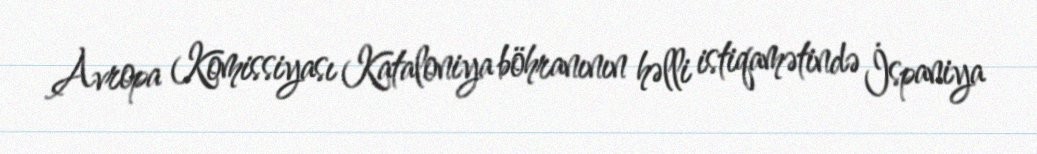
Avropa Komissiyası Kataloniya böhranının həlli istiqamətində İspaniya